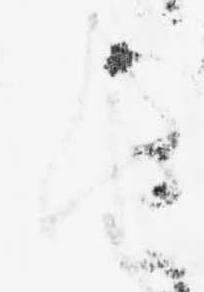
由